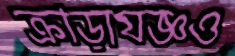
ক্রীড়াযজ্ঞও